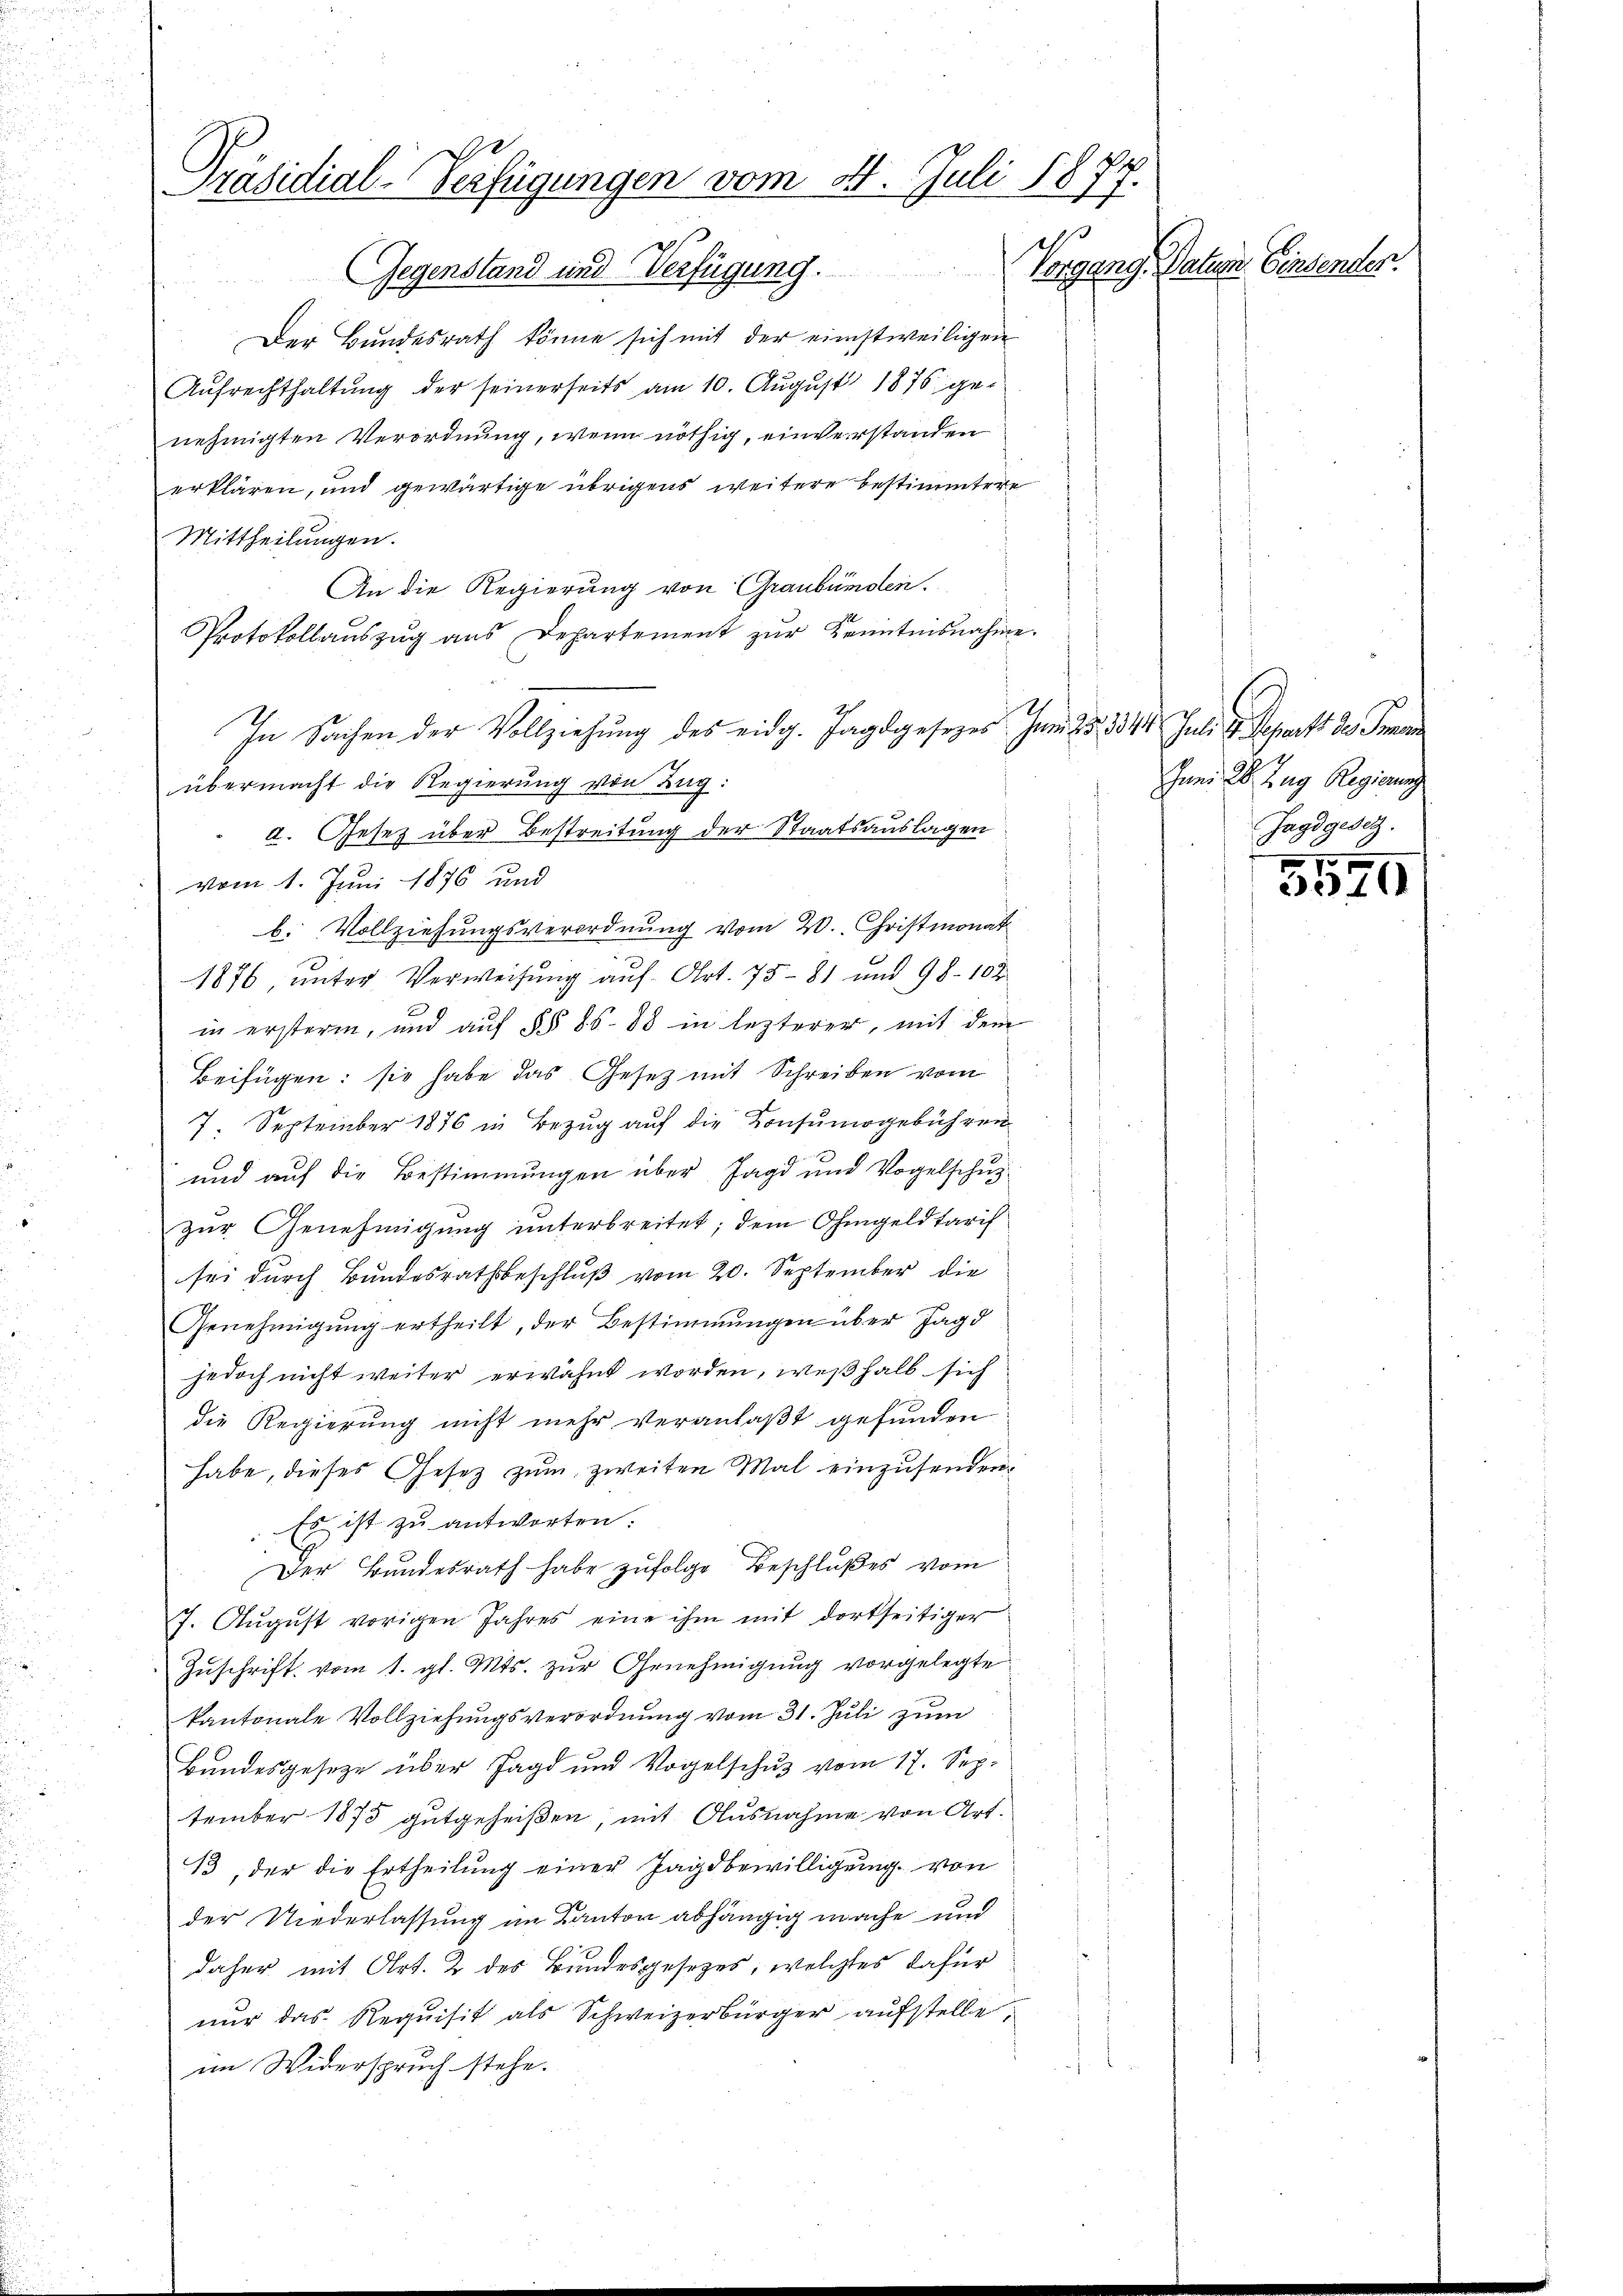
Präsidial-Verfügungen vom 31. Juli 1877.
Vorgang. Datum. Einsender.
Gegenstand und Verfügung.

Der Bundesrath könne sich mit der einstweiligen
Aufrechthaltung der seinerseits am 10. August 1876 genehmigten Verordnung, wenn nöthig, einverstanden
erklären, und gewärtige übrigens weitere Bestimmtere
Mittheilungen.
An die Regierung von Graubünden.
Protokollauszug aus Departement zur Kenntnisnahme.
übermacht die Regierung von Zug.
d. Gesetz über Bestreitung der Staatsauslagen
vom 1. Juni 1876 und
b. Vollziehungsverordnung vom 20. Christmonat
1876, unter Verweisung auf Art. 75-81 und 98. 102
in erstern, und auf §§ 85-88 in lezterer, mit dem
Beifügen: sie habe das Gesetz mit Schreiben vom
7. September 1876 in Bezug auf die Konsumogebühren
und auf die Bestimmungen über Jagd und Vogelschuzur Genehmigung unterbreitet; dem Ohmgeld tarif
sei durch Bundesrathsbeschluß vom 20. September die
Genehmigŭng ertheilt, der Bestimmungen über Jagd
jedoch nicht weiter erwähnt worden, weßhalb sich
die Regierung nicht mehr veranlaßt gefunden
habe, dieses Gesetz zŭm zweiten Mal einzusenden
: Es ist zu antworten:
Der Bundesrath habe zufolge Beschlußes vom
7. Aŭgŭst vorigen Jahres eine ihm mit dortseitiger
Zŭschrift vom 1. gl. Mts. zŭr Genehmigŭng vorgelegte
kantonale Vollziehungsverordnung vom 31. Juli zum
Bundesgesetze über Jagd und Vogelschus vom 17. Sep.
tember 1875 gutgeheißen, mit Ausnahme von Art.
13, der die Ertheilung einer Jagdbewilligung von
der Niederlassung im Kanton abhängig mache und
daher mit Art. 2 des Bundesgesetzes, welches dafür
nur das Requisit als Schweizerbürger aufstelle,
im Widerspruch stehe.

In Sachen der Vollziehung des eidg. Jagdgesezes Juni 28. 334

Juli d. Schritt des Fran
Juni 28. Zug Regierung
Jagdgesetz.
7

1